Indian journal of veterinary science and animal husbandry - Volume 1,
Year: 1931
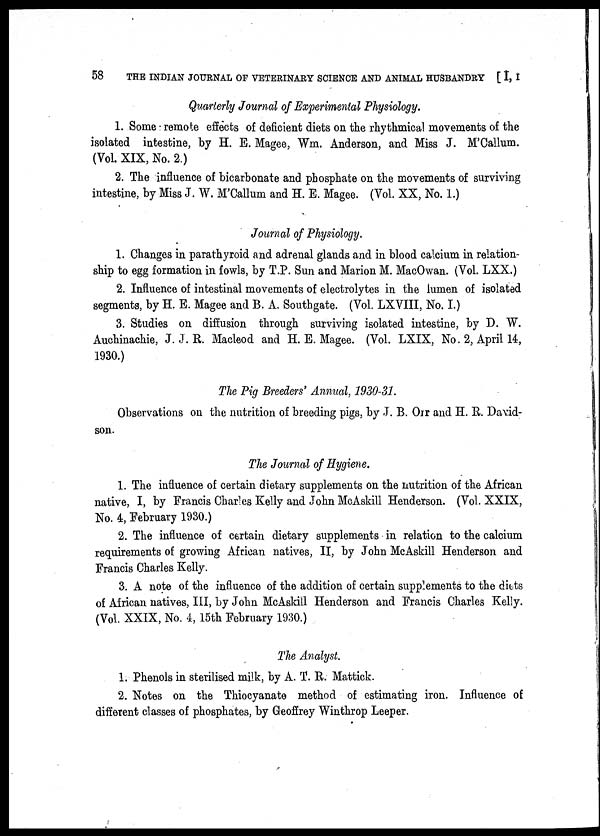
58 THE INDIAN JOURNAL OF VETERINARY SCIENCE AND ANIMAL HUSBANDRY [I, I
Quarterly Journal of Experimental Physiology.
1. Some remote effects of deficient diets on the rhythmical movements of the
isolated intestine, by H. E. Magee, Wm. Anderson, and Miss J. M'Callum.
(Vol. XIX, No. 2.)
2. The influence of bicarbonate and phosphate on the movements of surviving
intestine, by Miss J. W. M'Callum and H. E. Magee. (Vol. XX, No. 1.)
Journal of Physiology.
1. Changes in parathyroid and adrenal glands and in blood calcium in relation-
ship to egg formation in fowls, by T.P. Sun and Marion M. MacOwan. (Vol. LXX.)
2. Influence of intestinal movements of electrolytes in the lumen of isolated
segments, by H. E. Magee and B. A. Southgate. (Vol. LXVIII, No. I.)
3. Studies on diffusion through surviving isolated intestine, by D. W.
Auchinachie, J. J. R. Macleod and H. E. Magee. (Vol. LXIX, No. 2, April 14,
1930.)
The Pig Breeders' Annual, 1930-31.
Observations on the nutrition of breeding pigs, by J. B. Orr and H. R. David-
son.
The Journal of Hygiene.
1. The influence of certain dietary supplements on the nutrition of the African
native, I, by Francis Charles Kelly and John McAskill Henderson. (Vol. XXIX,
No. 4, February 1930.)
2. The influence of certain dietary supplements in relation to the calcium
requirements of growing African natives, II, by John McAskill Henderson and
Francis Charles Kelly.
3. A note of the influence of the addition of certain supplements to the diets
of African natives, III, by John McAskill Henderson and Francis Charles Kelly.
(Vol. XXIX, No. 4, 15th February 1930.)
The Analyst.
1. Phenols in sterilised milk, by A. T. R. Mattick.
2. Notes on the Thiocyanate method of estimating iron. Influence of
different classes of phosphates, by Geoffrey Winthrop Leeper.